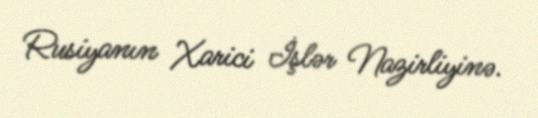
Rusiyanın Xarici İşlər Nazirliyinə.